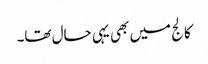
کالج میں بھی یہی حال تھا۔